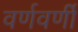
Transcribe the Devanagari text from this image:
वर्णवर्णी